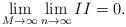
LaTeX: \begin{align*}\lim_{M\rightarrow\infty}\lim_{n\rightarrow\infty} II = 0 .\end{align*}